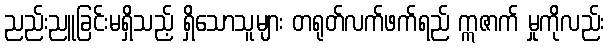
ညည်းညူခြင်းမရှိသည့် ရှိသောသူများ တရုတ်လက်ဖက်ရည် ဣဇာက် မှုကိုလည်း